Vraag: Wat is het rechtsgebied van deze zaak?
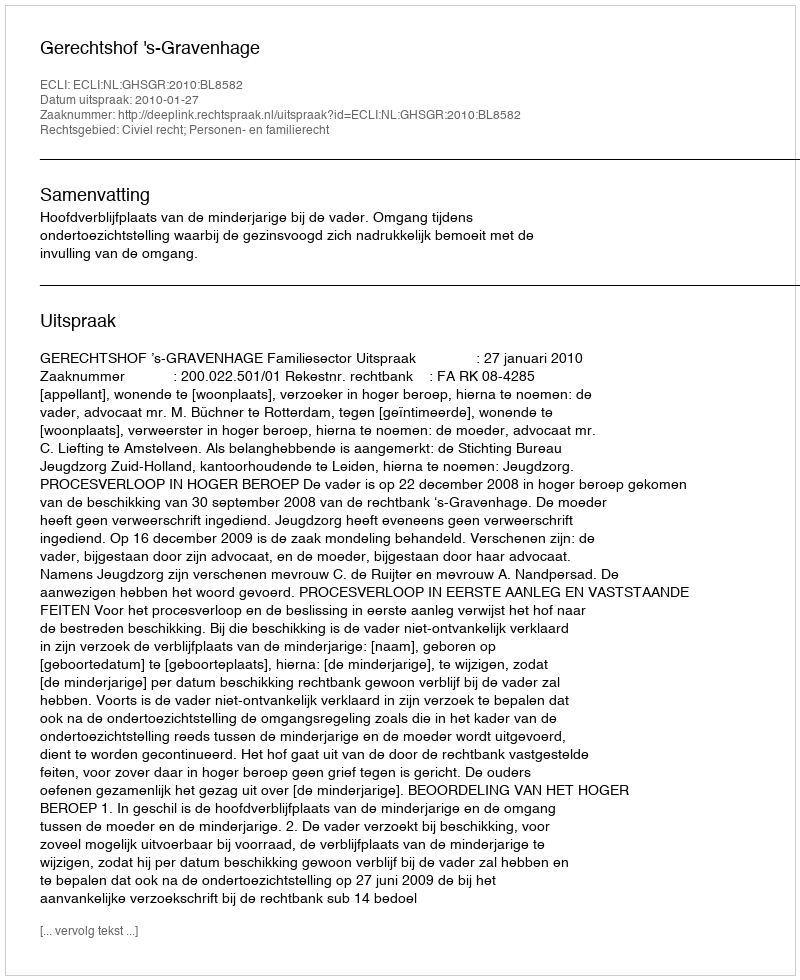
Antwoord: Civiel recht; Personen- en familierecht